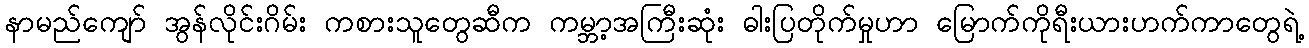
နာမည်ကျော် အွန်လိုင်းဂိမ်း ကစားသူတွေဆီက ကမ္ဘာ့အကြီးဆုံး ဓါးပြတိုက်မှုဟာ မြောက်ကိုရီးယားဟက်ကာတွေရဲ့